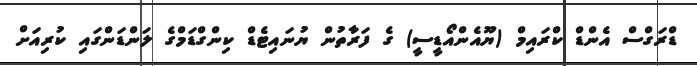
ޑްރަގްސް އެންޑް ކްރައިމް (ޔޫއެންއޯޑީސީ) ގެ ފަރާތުން ޔުނައިޓެޑް ކިންގްޑަމްގެ ލަންޑަންގައި ކުރިއަށް